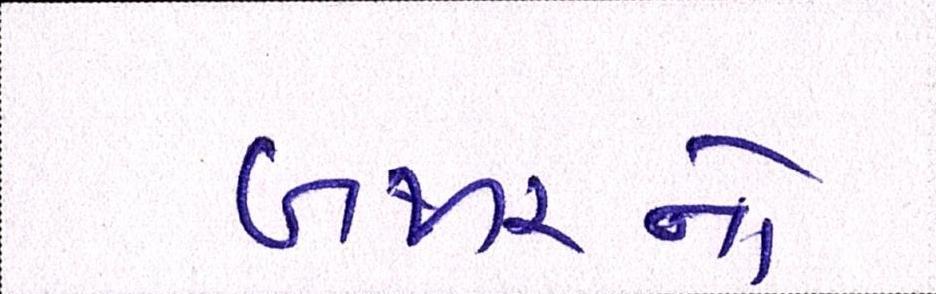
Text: બજારનો